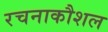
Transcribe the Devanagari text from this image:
रचनाकौशल